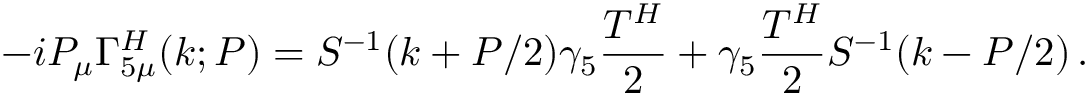
- i P _ { \mu } \Gamma _ { 5 \mu } ^ { H } ( k ; P ) = { S } ^ { - 1 } ( k + P / 2 ) \gamma _ { 5 } \frac { T ^ { H } } { 2 } + \gamma _ { 5 } \frac { T ^ { H } } { 2 } { S } ^ { - 1 } ( k - P / 2 ) \, .